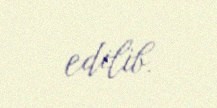
edilib.